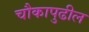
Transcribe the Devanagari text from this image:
चौकापुढील